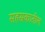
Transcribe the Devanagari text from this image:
सहस्रकातील